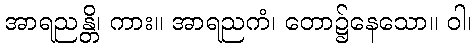
အာရညန္တိ၊ ကား။ အာရညကံ၊ တော၌နေသော။ ဝါ၊